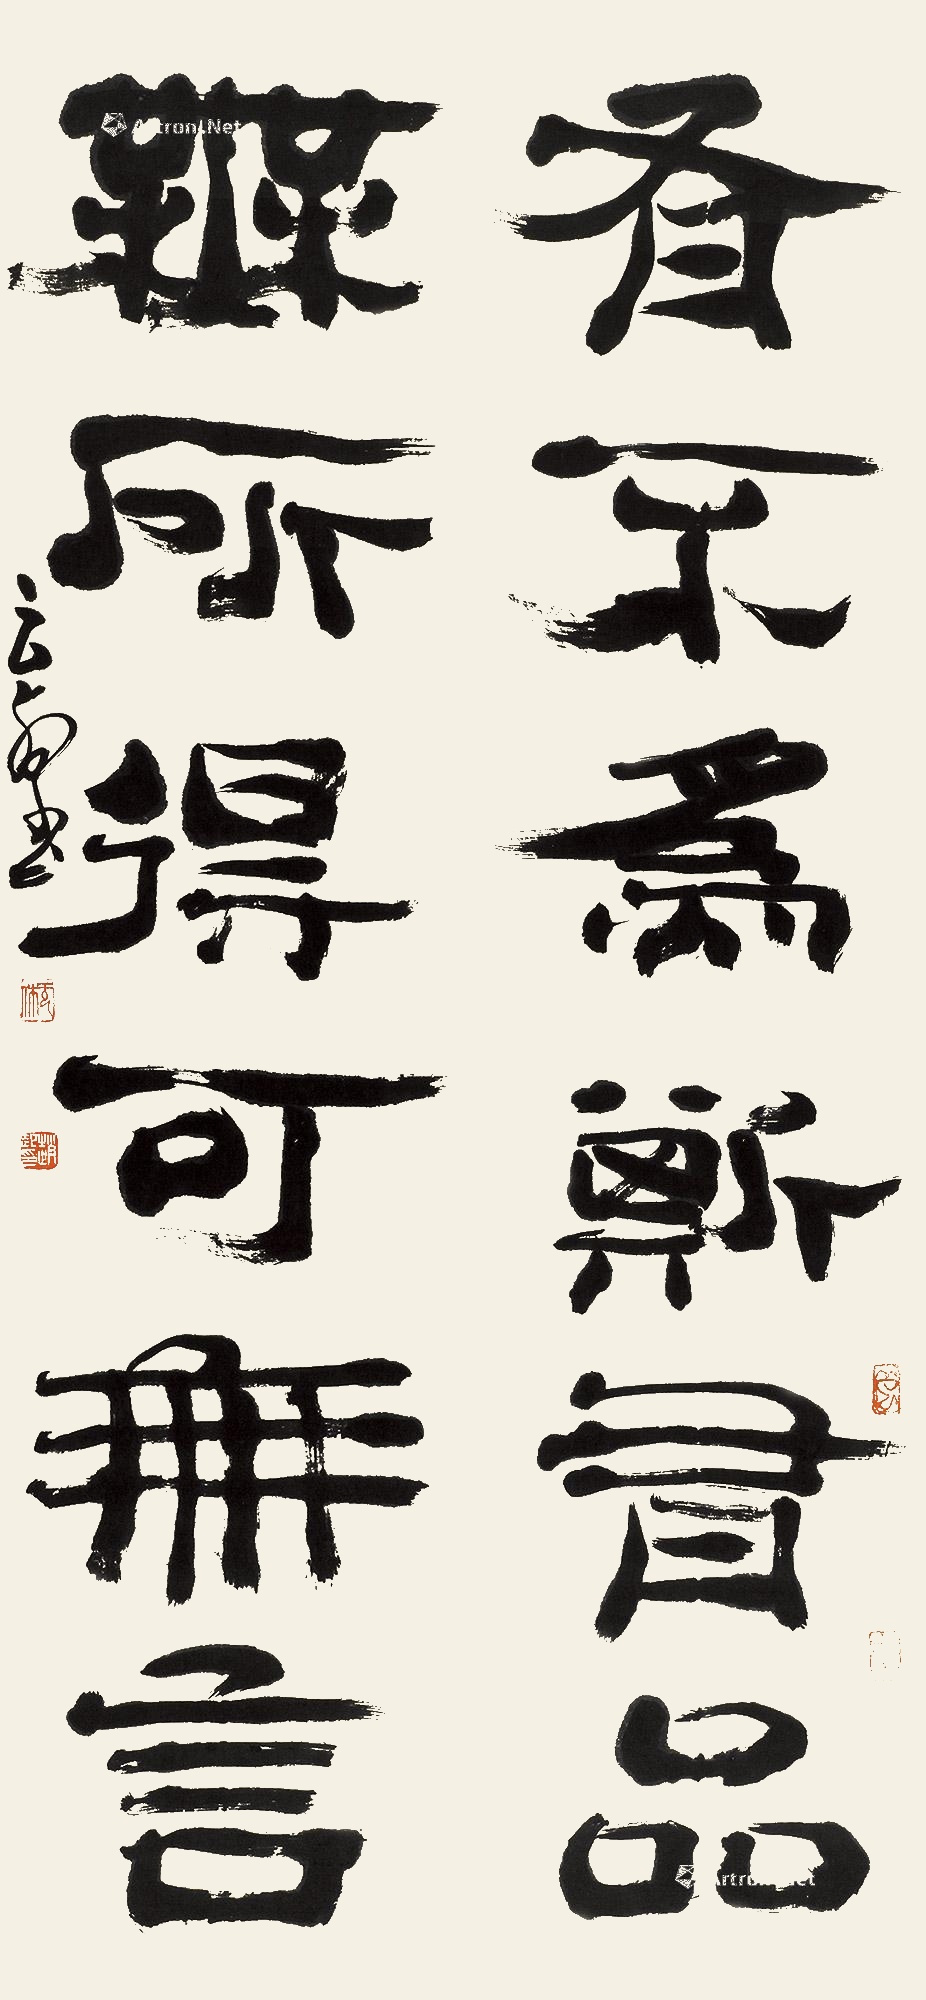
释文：有不为斯有品，无所得可无言。云壑。